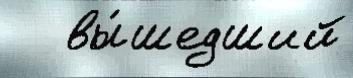
   вы́шедший